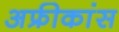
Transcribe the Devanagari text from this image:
अफ्रीकांस